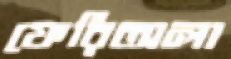
ফেরিঅলা